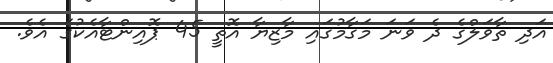
އަދި ތާވަލްގެ ދެ ވަނަ މަގާމުގައި މާޒިޔާ އޮތީ 45 ޕޮއިންޓާއެކުގަ އެވެ.